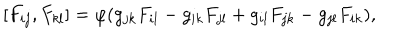
LaTeX: \hspace { + 5 e m } [ F _ { i j } , F _ { k l } ] = \varphi ( g _ { j k } F _ { i l } - g _ { i k } F _ { j l } + g _ { i l } F _ { j k } - g _ { j l } F _ { i k } ) ,